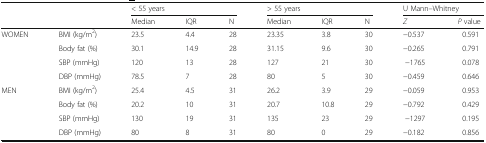
<table><thead><tr><td rowspan="2"></td><td rowspan="2"></td><td colspan="3"><b>&lt; 55 years</b></td><td colspan="3"><b>&gt; 55 years</b></td><td colspan="2"><b>U Mann–Whitney</b></td></tr><tr><td><b>Median</b></td><td><b>IQR</b></td><td><b>N</b></td><td><b>Median</b></td><td><b>IQR</b></td><td><b>N</b></td><td><b><i>Z</i></b></td><td><b><i>P</i> value</b></td></tr></thead><tbody><tr><td rowspan="4">WOMEN</td><td>BMI (kg/m<sup>2</sup>)</td><td>23.5</td><td>4.4</td><td>28</td><td>23.35</td><td>3.8</td><td>30</td><td>−0.537</td><td>0.591</td></tr><tr><td>Body fat (%)</td><td>30.1</td><td>14.9</td><td>28</td><td>31.15</td><td>9.6</td><td>30</td><td>−0.265</td><td>0.791</td></tr><tr><td>SBP (mmHg)</td><td>120</td><td>13</td><td>28</td><td>127</td><td>21</td><td>30</td><td>−1765</td><td>0.078</td></tr><tr><td>DBP (mmHg)</td><td>78.5</td><td>7</td><td>28</td><td>80</td><td>5</td><td>30</td><td>−0.459</td><td>0.646</td></tr><tr><td rowspan="4">MEN</td><td>BMI (kg/m<sup>2</sup>)</td><td>25.4</td><td>4.5</td><td>31</td><td>26.2</td><td>3.9</td><td>29</td><td>−0.059</td><td>0.953</td></tr><tr><td>Body fat (%)</td><td>20.2</td><td>10</td><td>31</td><td>20.7</td><td>10.8</td><td>29</td><td>−0.792</td><td>0.429</td></tr><tr><td>SBP (mmHg)</td><td>130</td><td>19</td><td>31</td><td>135</td><td>23</td><td>29</td><td>−1297</td><td>0.195</td></tr><tr><td>DBP (mmHg)</td><td>80</td><td>8</td><td>31</td><td>80</td><td>0</td><td>29</td><td>−0.182</td><td>0.856</td></tr></tbody></table>